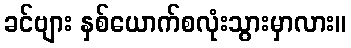
ခင်ဗျား နှစ်ယောက်စလုံးသွားမှာလား။